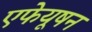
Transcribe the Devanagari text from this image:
एफेयूषन